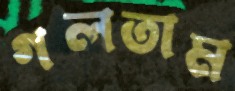
গলতাম